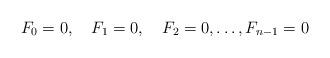
LaTeX: \begin{align*}F_0=0,\quad F_1 = 0, \quad F_2 = 0,\dots , F_{n-1} = 0 \end{align*}